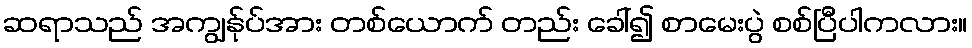
ဆရာသည် အကျွန်ုပ်အား တစ်ယောက် တည်း ခေါ်၍ စာမေးပွဲ စစ်ပြီပါကလား။